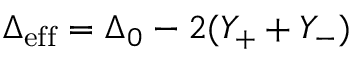
\Delta _ { \mathrm { e f f } } = \Delta _ { 0 } - 2 ( Y _ { + } + Y _ { - } )